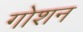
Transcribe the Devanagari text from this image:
गोशन